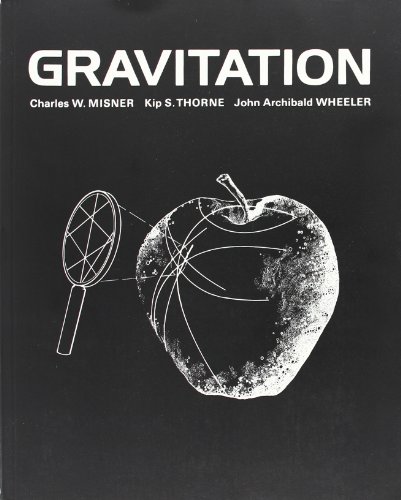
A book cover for Gravitation (Physics Series); Charles W. Misner; Science & Math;